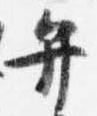
弁